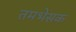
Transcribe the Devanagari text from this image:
तमभेसक